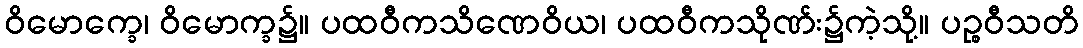
ဝိမောက္ခေ၊ ဝိမောက္ခ၌။ ပထဝီကသိဏေဝိယ၊ ပထဝီကသိုဏ်း၌ကဲ့သို့။ ပဉ္စဝီသတိ